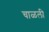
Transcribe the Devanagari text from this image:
चाळली